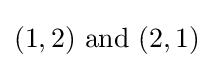
(1,2){\text{ and }}(2,1)